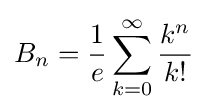
B_{n}={\frac {1}{e}}\sum _{k=0}^{\infty }{\frac {k^{n}}{k!}}